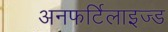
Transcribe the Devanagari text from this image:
अनफर्टिलाइज्ड